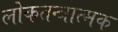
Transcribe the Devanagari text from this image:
लोकतन्त्रात्मक